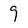
Character: 9